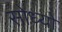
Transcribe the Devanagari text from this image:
सोध्यो